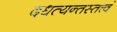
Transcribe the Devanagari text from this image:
दधत्यन्तस्तत्त्वं